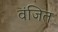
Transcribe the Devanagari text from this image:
वंजित